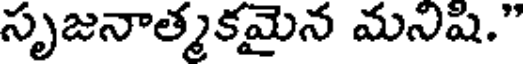
సృజనాత్మకమైన మనిషి."